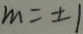
m = \pm 1